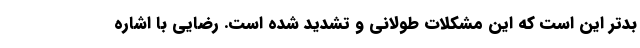
بدتر این است که این مشکلات طولانی و تشدید شده است. رضایی با اشاره